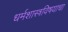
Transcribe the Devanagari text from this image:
धर्मशास्त्रविषयाचा